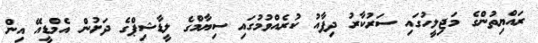
ރައްޔިތުންގެ މަޖިލީހުގައި ސަރުކާރު ދިފާއު ކުރެއްވުމުގައި ސިޔާމްގެ ލީޑާޝިޕްގެ ދަށުން އެމްޑީއޭ އިން